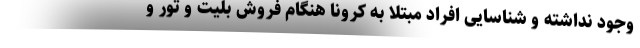
وجود نداشته و شناسایی افراد مبتلا به کرونا هنگام فروش بلیت و تور و